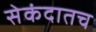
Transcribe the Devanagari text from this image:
सेकंदातच